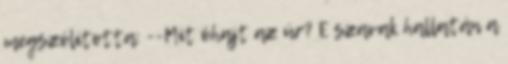
megszólította: --Mit óhajt az úr? E szavak hallatán a